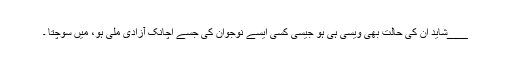
___شاید ان کی حالت بھی ویسی ہی ہو جیسی کسی ایسے نوجوان کی جسے اچانک آزادی ملی ہو، میں سوچتا ۔